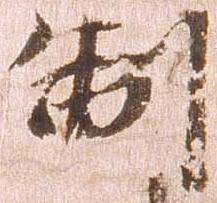
制